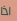
اذا